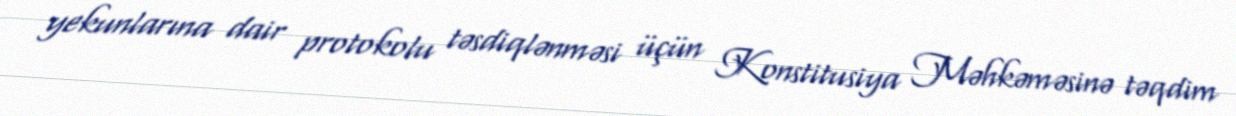
yekunlarına dair protokolu təsdiqlənməsi üçün Konstitusiya Məhkəməsinə təqdim